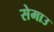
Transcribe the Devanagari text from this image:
सेमाउ